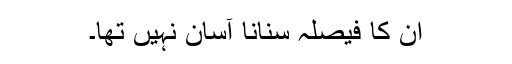
ان کا فیصلہ سنانا آسان نہیں تھا۔